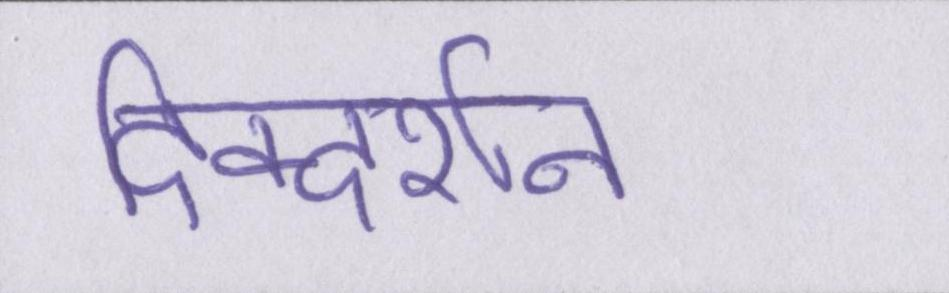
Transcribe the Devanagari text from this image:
दिक्दर्शन